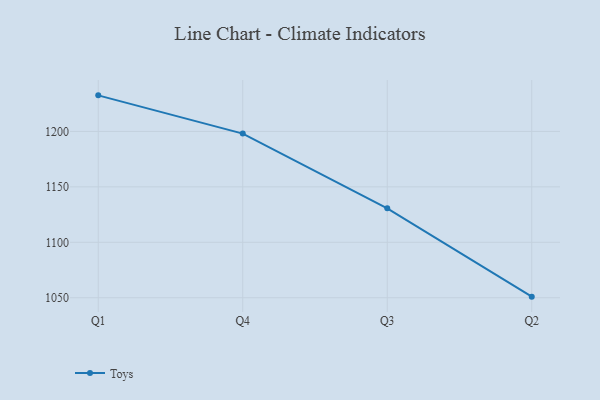
{"axis": {"x": "Quarter", "y": "Latency (ms)"}, "legend": ["Toys"], "data": [{"x": "Q1", "y": 1232.5, "type": "Toys"}, {"x": "Q4", "y": 1198.0, "type": "Toys"}, {"x": "Q3", "y": 1130.6, "type": "Toys"}, {"x": "Q2", "y": 1051.0, "type": "Toys"}]}